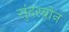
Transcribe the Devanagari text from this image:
सुंदरबोन